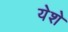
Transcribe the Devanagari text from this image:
येशे